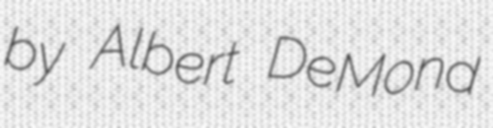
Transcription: by Albert DeMond